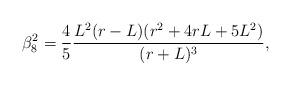
LaTeX: \begin{align*}\beta_8^{2}=\frac{4}{5}\frac{L^2(r-L)(r^2+4rL+5L^2)}{(r+L)^3},\end{align*}